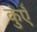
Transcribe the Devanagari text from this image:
कुंएँ